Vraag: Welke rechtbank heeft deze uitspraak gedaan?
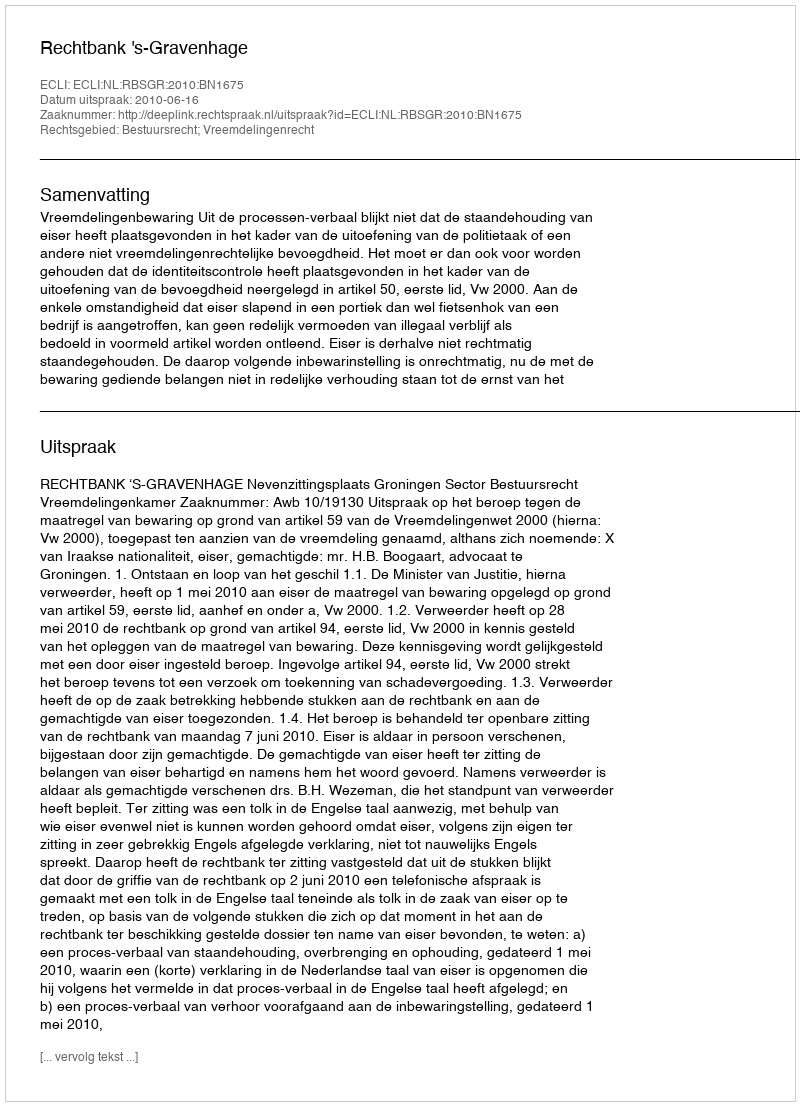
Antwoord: Rechtbank 's-Gravenhage